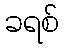
ခရစ်